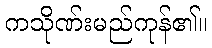
ကသိုဏ်းမည်ကုန်၏။